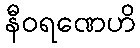
နီဝရဏေဟိ